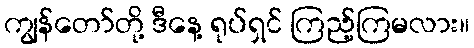
ကျွန်တော်တို့ ဒီနေ့ ရုပ်ရှင် ကြည့်ကြမလား။